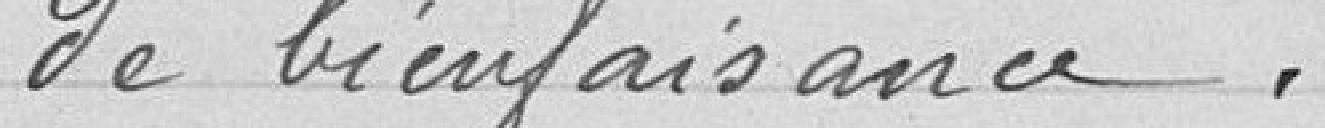
de bienfaisance.